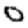
Digit: 0